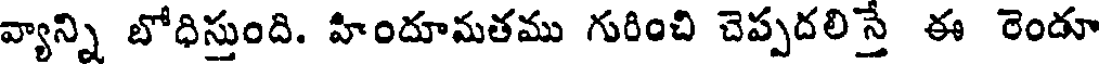
వ్యాన్ని బోధిస్తుంది. హిందూమతము గురించి చెప్పదలిస్తే ఈ రెందూ